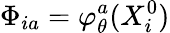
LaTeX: \Phi_{ia}=\varphi_{\theta}^{a}(X_{i}^{0})